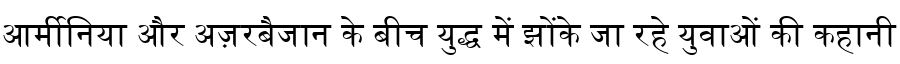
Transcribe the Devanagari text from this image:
आर्मीनिया और अज़रबैजान के बीच युद्ध में झोंके जा रहे युवाओं की कहानी